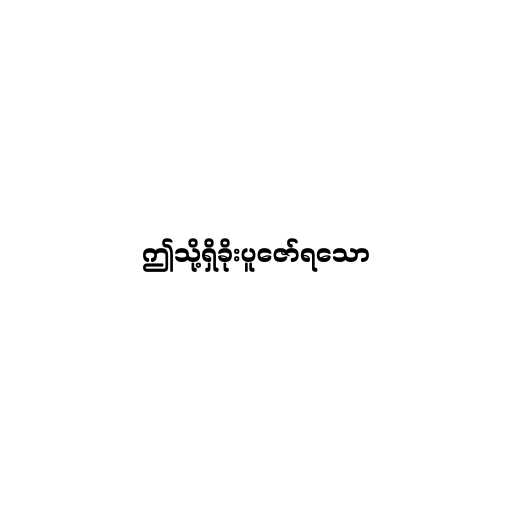
ဤသို့ရှိခိုးပူဇော်ရသော